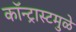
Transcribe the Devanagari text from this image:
कॉन्ट्रास्टमुळे